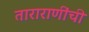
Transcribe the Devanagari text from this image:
ताराराणींची